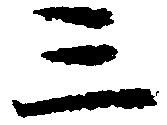
三